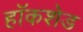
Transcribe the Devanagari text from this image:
हॉकशेड